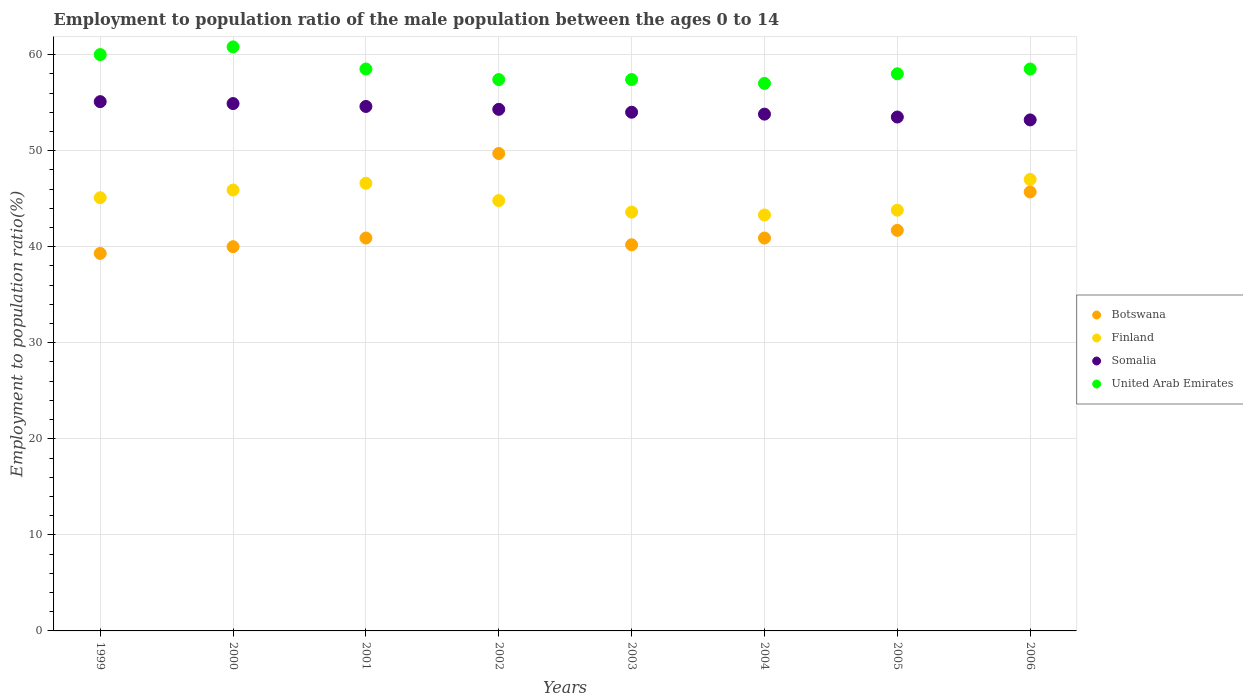
| Years | Botswana | Finland | Somalia | United Arab Emirates |
 | --- | --- | --- | --- | --- |
 | 1999 | 39.3 | 45.1 | 55.1 | 60 |
 | 2000 | 40 | 45.9 | 54.9 | 60.8 |
 | 2001 | 40.9 | 46.6 | 54.6 | 58.5 |
 | 2002 | 49.7 | 44.8 | 54.3 | 57.4 |
 | 2003 | 40.2 | 43.6 | 54 | 57.4 |
 | 2004 | 40.9 | 43.3 | 53.8 | 57 |
 | 2005 | 41.7 | 43.8 | 53.5 | 58 |
 | 2006 | 45.7 | 47 | 53.2 | 58.5 |